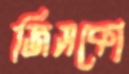
জিসকো